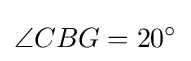
\angle {CBG}=20^{\circ }